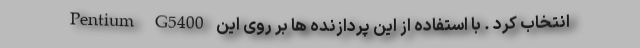
Pentium G5400 انتخاب کرد . با استفاده از این پردازنده ها بر روی این